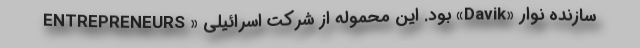
ENTREPRENEURS » بود. این محموله از شرکت اسرائیلی «Davik» سازنده نوار